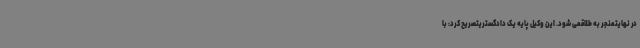
در نهایتمنجر به طلاقمی شود. این وکیل پایه یک دادگستریتصریح کرد: با